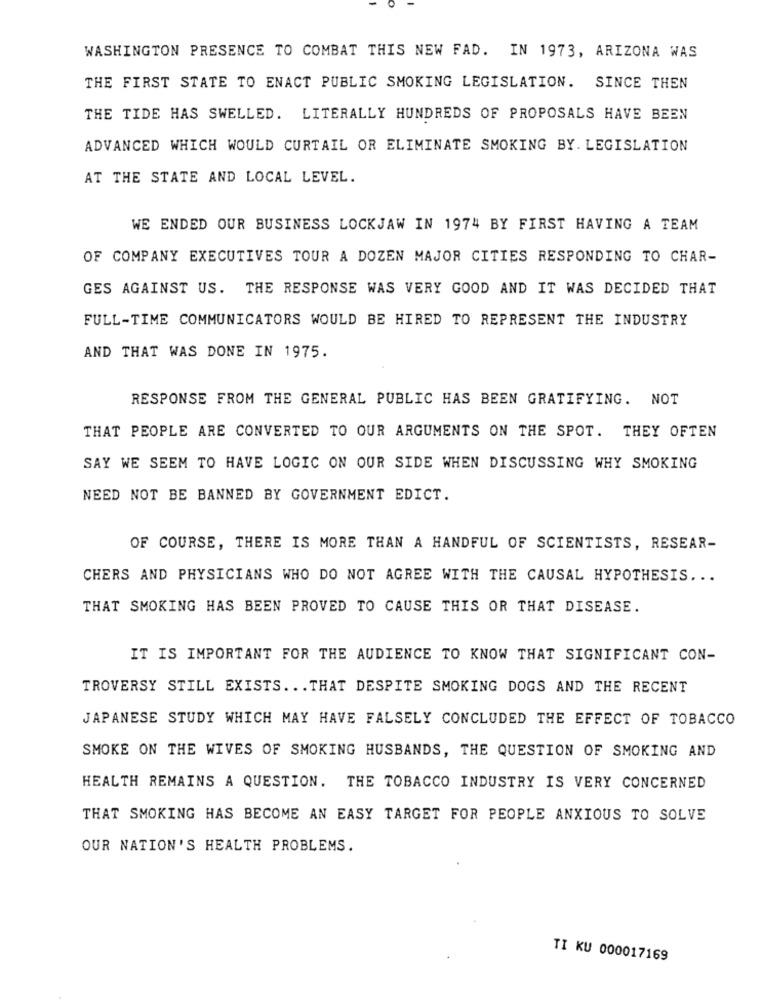
WASHINGTON PRESENCE TO COMBAT THIS NEW FAD. IN 1973, ARIZONA WAS
THE FIRST STATE TO ENACT PUBLIC SMOKING LEGISLATION. SINCE THEN
THE TIDE HAS SWELLED. LITERALLY HUNDREDS OF PROPOSALS HAVE BEEN
ADVANCED WHICH WOULD CURTAIL OR ELIMINATE SMOKING BY. LEGISLATION
AT THE STATE AND LOCAL LEVEL.
WE ENDED OUR BUSINESS LOCKJAW IN 1974 BY FIRST HAVING A TEAM
OF COMPANY EXECUTIVES TOUR A DOZEN MAJOR CITIES RESPONDING TO CHAR-
GES AGAINST US. THE RESPONSE WAS VERY GOOD AND IT WAS DECIDED THAT
FULL-TIME COMMUNICATORS WOULD BE HIRED TO REPRESENT THE INDUSTRY
AND THAT WAS DONE IN 1975.
RESPONSE FROM THE GENERAL PUBLIC HAS BEEN GRATIFYING. NOT
THAT PEOPLE ARE CONVERTED TO OUR ARGUMENTS ON THE SPOT. THEY OFTEN
SAY WE SEEM TO HAVE LOGIC ON OUR SIDE WHEN DISCUSSING WHY SMOKING
NEED NOT BE BANNED BY GOVERNMENT EDICT.
OF COURSE, THERE IS MORE THAN A HANDFUL OF SCIENTISTS, RESEAR-
CHERS AND PHYSICIANS WHO DO NOT AGREE WITH THE CAUSAL HYPOTHESIS ...
THAT SMOKING HAS BEEN PROVED TO CAUSE THIS OR THAT DISEASE.
IT IS IMPORTANT FOR THE AUDIENCE TO KNOW THAT SIGNIFICANT CON-
TROVERSY STILL EXISTS ... THAT DESPITE SMOKING DOGS AND THE RECENT
JAPANESE STUDY WHICH MAY HAVE FALSELY CONCLUDED THE EFFECT OF TOBACCO
SMOKE ON THE WIVES OF SMOKING HUSBANDS, THE QUESTION OF SMOKING AND
HEALTH REMAINS A QUESTION. THE TOBACCO INDUSTRY IS VERY CONCERNED
THAT SMOKING HAS BECOME AN EASY TARGET FOR PEOPLE ANXIOUS TO SOLVE
OUR NATION'S HEALTH PROBLEMS.
TI KU 000017169